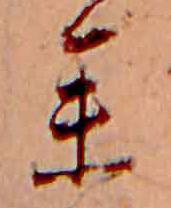
参